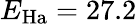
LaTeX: E_{\mathrm{Ha}}=27.2